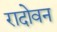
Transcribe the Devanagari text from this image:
रादोवन